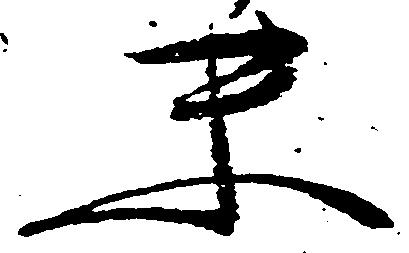
末